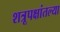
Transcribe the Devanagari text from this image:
शत्रूपक्षांतल्या